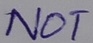
Text: NOT